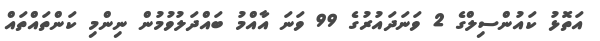
އަތޮޅު ކައުންސިލްގެ 2 ވަނަދައުރުގެ 99 ވަނަ އާއްމު ބައްދަލުވުމުން ނިންމި ކަންތައްތައް